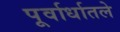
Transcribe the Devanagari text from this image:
पूर्वार्धातले